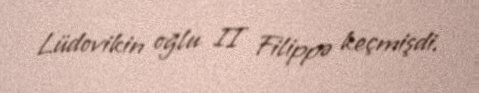
Lüdovikin oğlu II Filippə keçmişdi.